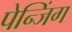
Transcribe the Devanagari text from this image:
पेन्जिंग